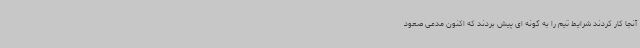
آنجا کار کردند شرایط تیم را به گونه ای پیش بردند که اکنون مدعی صعود